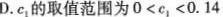
D.c_{1}的取值范围为$$0 < c_{ 1 } < 0.14$$